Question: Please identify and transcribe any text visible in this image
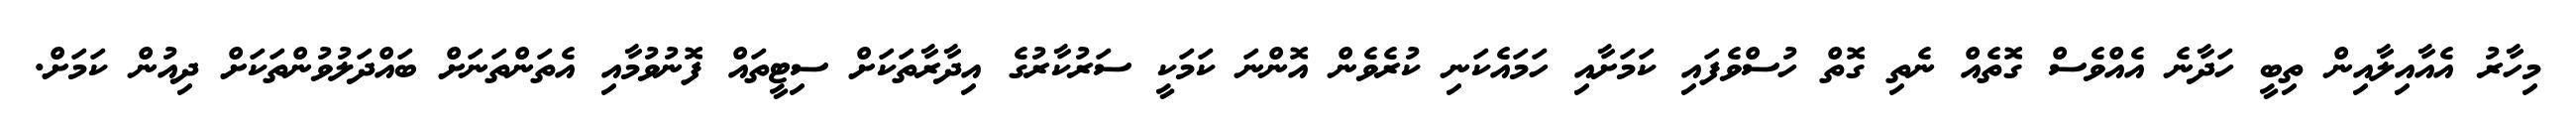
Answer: މިހާރު އެއާއިލާއިން ތިބީ ހަދާނެ އެއްވެސް ގޮތެއް ނެތި ގޮތް ހުސްވެފައި ކަމަށާއި ހަމައެކަނި ކުރެވެން އޮންނަ ކަމަކީ ސަރުކާރުގެ އިދާރާތަކަށް ސިޓީތައް ފޮނުވުމާއި އެތަންތަނަށް ބައްދަލުވުންތަކަށް ދިއުން ކަމަށް.